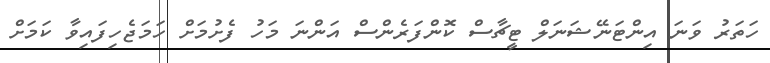
ހަތަރު ވަނަ އިންޓަނޭޝަނަލް ޓީޗާސް ކޮންފަރެންސް އަންނަ މަހު ފެށުމަށް ހަމަޖެހިފައިވާ ކަމަށް